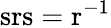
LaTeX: \mathrm{srs}=\mathrm{r}^{-1}